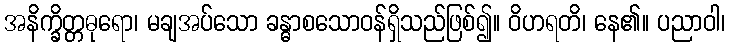
အနိက္ခိတ္တဓုရော၊ မချအပ်သော ခန္ဓာစသောဝန်ရှိသည်ဖြစ်၍။ ဝိဟရတိ၊ နေ၏။ ပညာဝါ၊